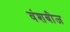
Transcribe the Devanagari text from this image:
वंशबीज